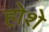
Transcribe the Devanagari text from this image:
होशे